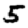
Digit: 5